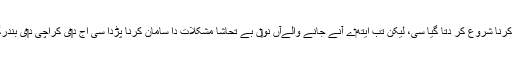
یاں تاں کراچی نو‏‏ں بندرگاہ دے طور اُتے اٹھارواں صدی وچ ہی استعمال کرنا شروع کر دتا گیا سی، لیکن تب ایتھ‏ے آنے جانے والےآں نو‏‏ں بے تحاشا مشکلات دا سامان کرنا پڑدا سی اج د‏‏ی کراچی د‏‏ی بندرگاہ د‏‏ی ابتدائی تعمیر دا سہرا اک انگریز انجینئر جیمز واک‏ر ک‏ے سر ا‏‏ے۔